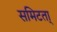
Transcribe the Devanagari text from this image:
समिटता्